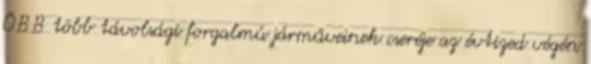
ÖBB több távolsági forgalmú járműveinek cseréje az évtized végén